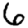
Digit: 6